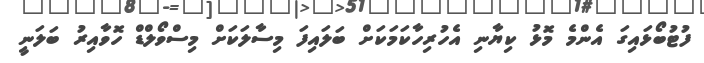
ފުޓުބޯޅައިގަ އެންމެ މޮޅު ކިޔާނި އެހުރިހާކަމަކަށް ބަލައިފަ މިސާލަކަށް މިސްވޯލްޑް ހޮވާއިރު ބަލަނީ